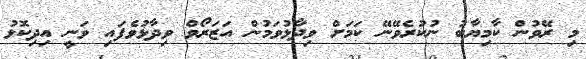
މި ރޭވުން ކާމިޔާބު ނުކުރެވޭނޭ ކަމަށް ވިދާޅުވަމުން އަޒަރޯވް ވިދާޅުވެފައި ވަނީ އިދިކޮޅު